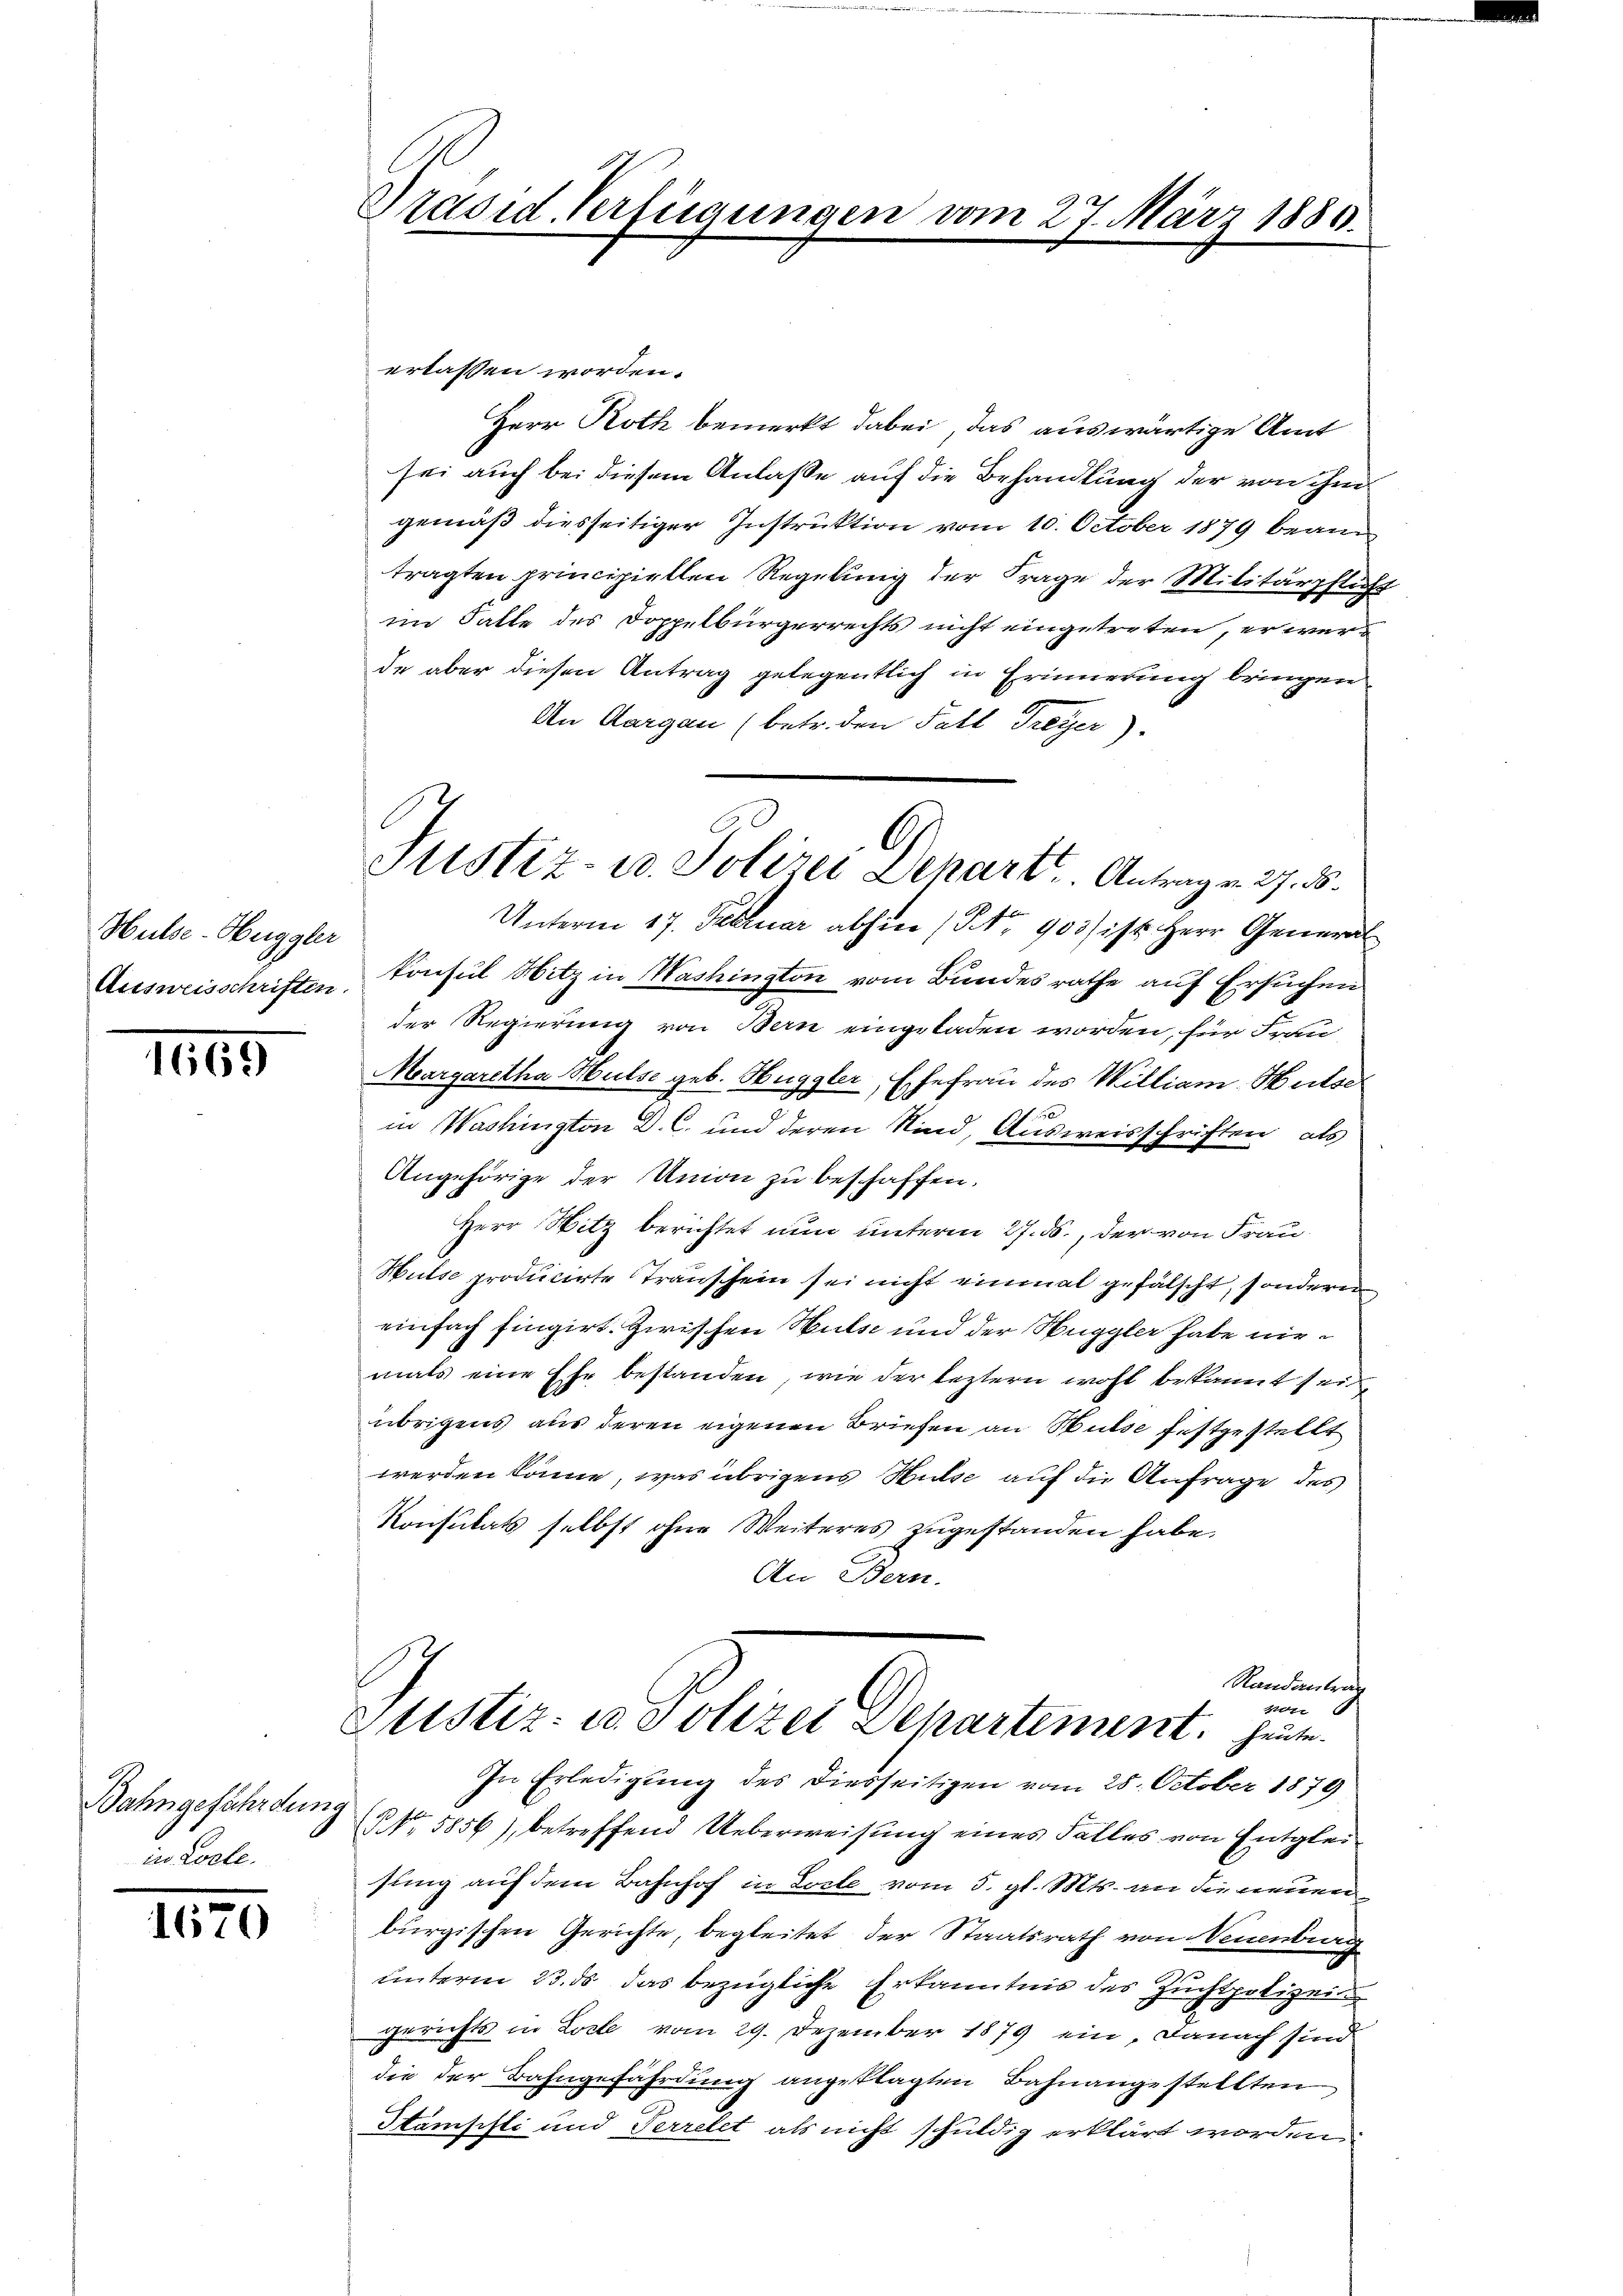
Hülse-Huggler
Ausweisschriften.

1669

Bahngefährden.
in Loche.

1670

Präsid. Verfügungen vom 27. März 1883.

erlassen worden.
Herr Roth bemerkt dabei, das auswärtige Amt
sei auch bei diesem Anlaße auf die Behandlung der von ihm
gemäß diesseitiger Instruktion vom 10. October 1879 bean
tragten principiellen Regelung der Frage der Militärpflichim Falle des Doppelbürgerrechts nicht eingetreten, er werde aber diesen Antrag gelegentlich in Erinnerung bringen
An Aargau (betr. den Fall Freyer).
Unterm 17. Februar abhin (No 903/ ist Herr General
konsul Hitz in Washington vom Bundesrathe auf Ersuchen
der Regierung von Bern eingeladen worden, für Frau
Margaretha Hulse geb. Huggler, Ehefrau des William Hutse
in Washington D. C. und deren Kind, Ausweisschriften, als
Angehörige der Union zu beschaffen.
Herr Hitz berichtet nun unterm 27. ds., der von Frau
Hulse producirte Transchein sei nicht einmal gefälscht, sondern
einfach fingirt. Zwischen Wulse und der Nuggler habe niemals eine Ehe bestanden, wie der leztern wohl bekannt sei
übrigens aus deren eigenen Briefen an Wulse festgestellt
werden könne, was übrigens Mulse auf die Anfrage des
Konsulats selbst ohne Weiteres zugestanden habe.
An Bern.
Randantrag
von
Justiz- u. Polizei Separtement. Heute.
In Erledigung des diesseitigen vom 28. October 1879
§. 5856), betreffend Ueberweisung eines Falles von Entgleisung auf dem Bahnhof in Locte vom 5. gl. Mts. an die neuen
burgischen Gerichte, begleitet der Staatsrath von Neuenburg
unterm 23. ds das bezügliche Erkanntnis des Zuchtpolizei
gerichts in Locte vom 29. Dezember 1879 ein, danach sind
die der Bahngefährdung angeklagten Bahnangestellten
Stamsisti und Perrelet als nicht schuldig erklärt worden.

G
Justiz- u. Polizei Depart. Antrag v. 27. 36.